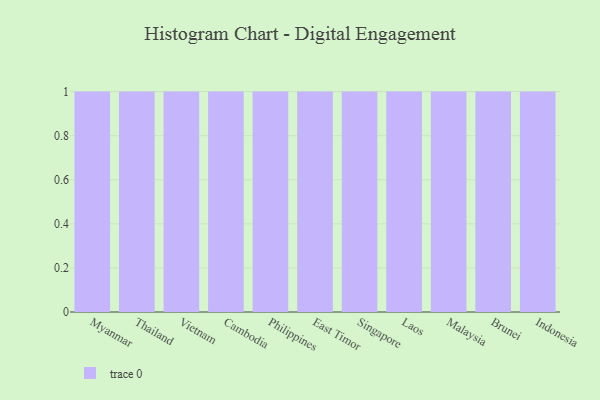
{"axis": {"x": "Country", "y": "Bounce Rate (%)"}, "legend": [""], "data": [{"x": "Myanmar", "y": 67, "type": ""}, {"x": "Thailand", "y": 19, "type": ""}, {"x": "Vietnam", "y": 40, "type": ""}, {"x": "Cambodia", "y": 25, "type": ""}, {"x": "Philippines", "y": 6, "type": ""}, {"x": "East Timor", "y": 51, "type": ""}, {"x": "Singapore", "y": 84, "type": ""}, {"x": "Laos", "y": 67, "type": ""}, {"x": "Malaysia", "y": 87, "type": ""}, {"x": "Brunei", "y": 34, "type": ""}, {"x": "Indonesia", "y": 87, "type": ""}]}